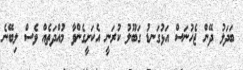
ބަދަލު ދޭން ޖެހުނަސް އަޅުގަނޑު ގަބޫލު ކުރަނީ އެކަށީގެންވާ މުއްދަތެއް ވެސް ލިބޭނެ